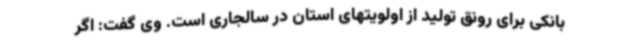
بانکی برای رونق تولید از اولویتهای استان در سالجاری است. وی گفت: اگر